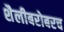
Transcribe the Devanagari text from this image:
शैलीबरोबरच